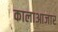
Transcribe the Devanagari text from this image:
कालाआजार